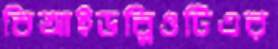
বিআইডব্লিওটিএর